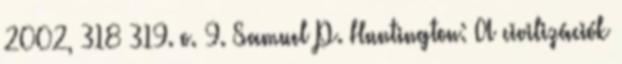
2002, 318–319. o. 9. Samuel P. Huntington: A civilizációk